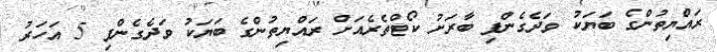
ރައްޔިތުންގެ ބަޔަކު ވަދެގެންފި ބާރަށު ކޯޓްތެރެއަށް ރައްޔިތުންގެ ބަޔަކު ވަދެގެންފި 5 އަހަރު